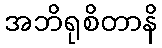
အဘိရုစိတာနိ